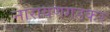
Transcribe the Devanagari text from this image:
नारायणगडकर